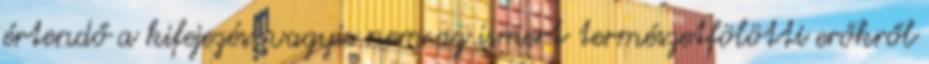
értendő a kifejezés, vagyis nem az ismert természetfölötti erőkről